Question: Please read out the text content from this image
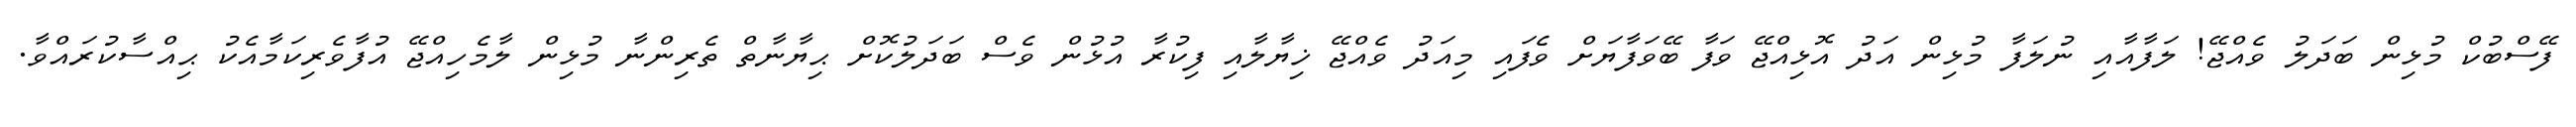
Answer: ފޭސްބުކް މުޅިން ބަދަލު ވެއްޖޭ! ލަފާއާއި ނުލަފާ މުޅިން އަދު އޮޅިއްޖޭ ވަފާ ބޭވަފާޔަށް ވެފައި މިއަދު ވެއްޖޭ ޚިޔާލާއި ފިކުރާ އުޅުން ވެސް ބަދަލުކޮށް ޙިޔާނާތް ތެރިންނާ މުޅިން ލާމެހިއްޖޭ އުފާވެރިކަމާއެކު ޙިއްސާކުރައްވާ.